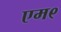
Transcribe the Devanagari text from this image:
एम९